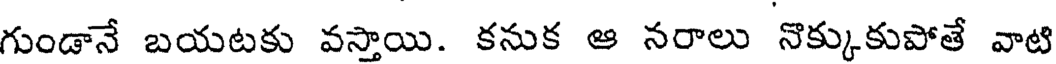
గుండానే బయటకు వస్తాయి. కనుక ఆ నరాలు నొక్కుకుపోతే వాటి